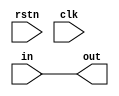
module DIV ( rstn, clk, in, out );

input clk;
input rstn;
input [32:0]in;

output [32:0] out;
reg [14:0]out1,out2,out3;


assign out = in;


/*
	always@(posedge clk or negedge rstn)
	begin
		if(rstn== 1'b0)
			[12:0] out1 = 13'd0;
		else
			2'd0 +[10:0]out1 = in>>2;  
	end
always@(posedge clk or negedge rstn)
		if(rstn== 1'b0)
			[12:0] out2 = 13'd0;
		else
			3'd0+[9:0]out2 = in>>3;  
always@(posedge clk or negedge rstn)
	begin
		if(rstn== 1'b0)
			[12:0] out3 = 13'd0;
		else
			5'd0+[7:0]out3 = in>>5;  
	end		
always@(posedge clk or negedge rstn)
	begin
		if(rstn== 1'b0)
			[12:0] out = 13'd0;
		else
		[12:0]	out= {2'd0 +[10:0]out1}+{3'd0+[9:0]out2}+5'd0+[7:0]out3;
	end

*/		
endmodule